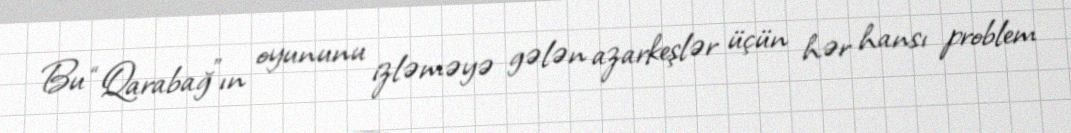
Bu “Qarabağ”ın oyununu izləməyə gələn azarkeşlər üçün hər hansı problem